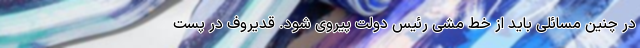
در چنین مسائلی باید از خط مشی رئیس دولت پیروی شود. قدیروف در پست